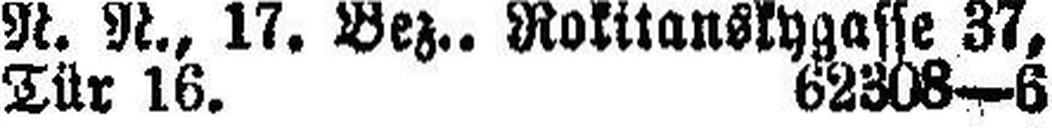
Tür 16. 62308—6